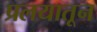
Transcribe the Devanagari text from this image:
प्रलयातून